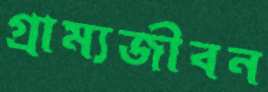
গ্রাম্যজীবন